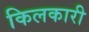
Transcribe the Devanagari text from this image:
किलकारी